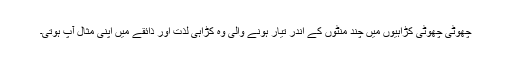
چھوٹی چھوٹی کڑاہیوں میں چند منٹوں کے اندر تیار ہونے والی وہ کڑاہی لذت اور ذائقے میں اپنی مثال آپ ہوتی۔